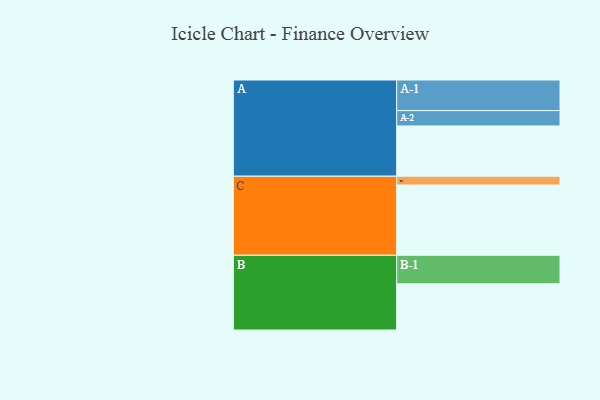
{"axis": {"x": "Segment", "y": "Value"}, "legend": ["", "A", "B", "C"], "data": [{"x": "A", "y": 416, "type": ""}, {"x": "B", "y": 382, "type": ""}, {"x": "C", "y": 581, "type": ""}, {"x": "A-1", "y": 253, "type": "A"}, {"x": "A-2", "y": 127, "type": "A"}, {"x": "B-1", "y": 236, "type": "B"}, {"x": "C-1", "y": 73, "type": "C"}]}